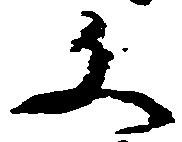
文